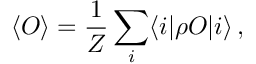
\langle { \cal O } \rangle = \frac { 1 } { Z } \sum _ { i } \langle i | \rho { \cal O } | i \rangle \, ,